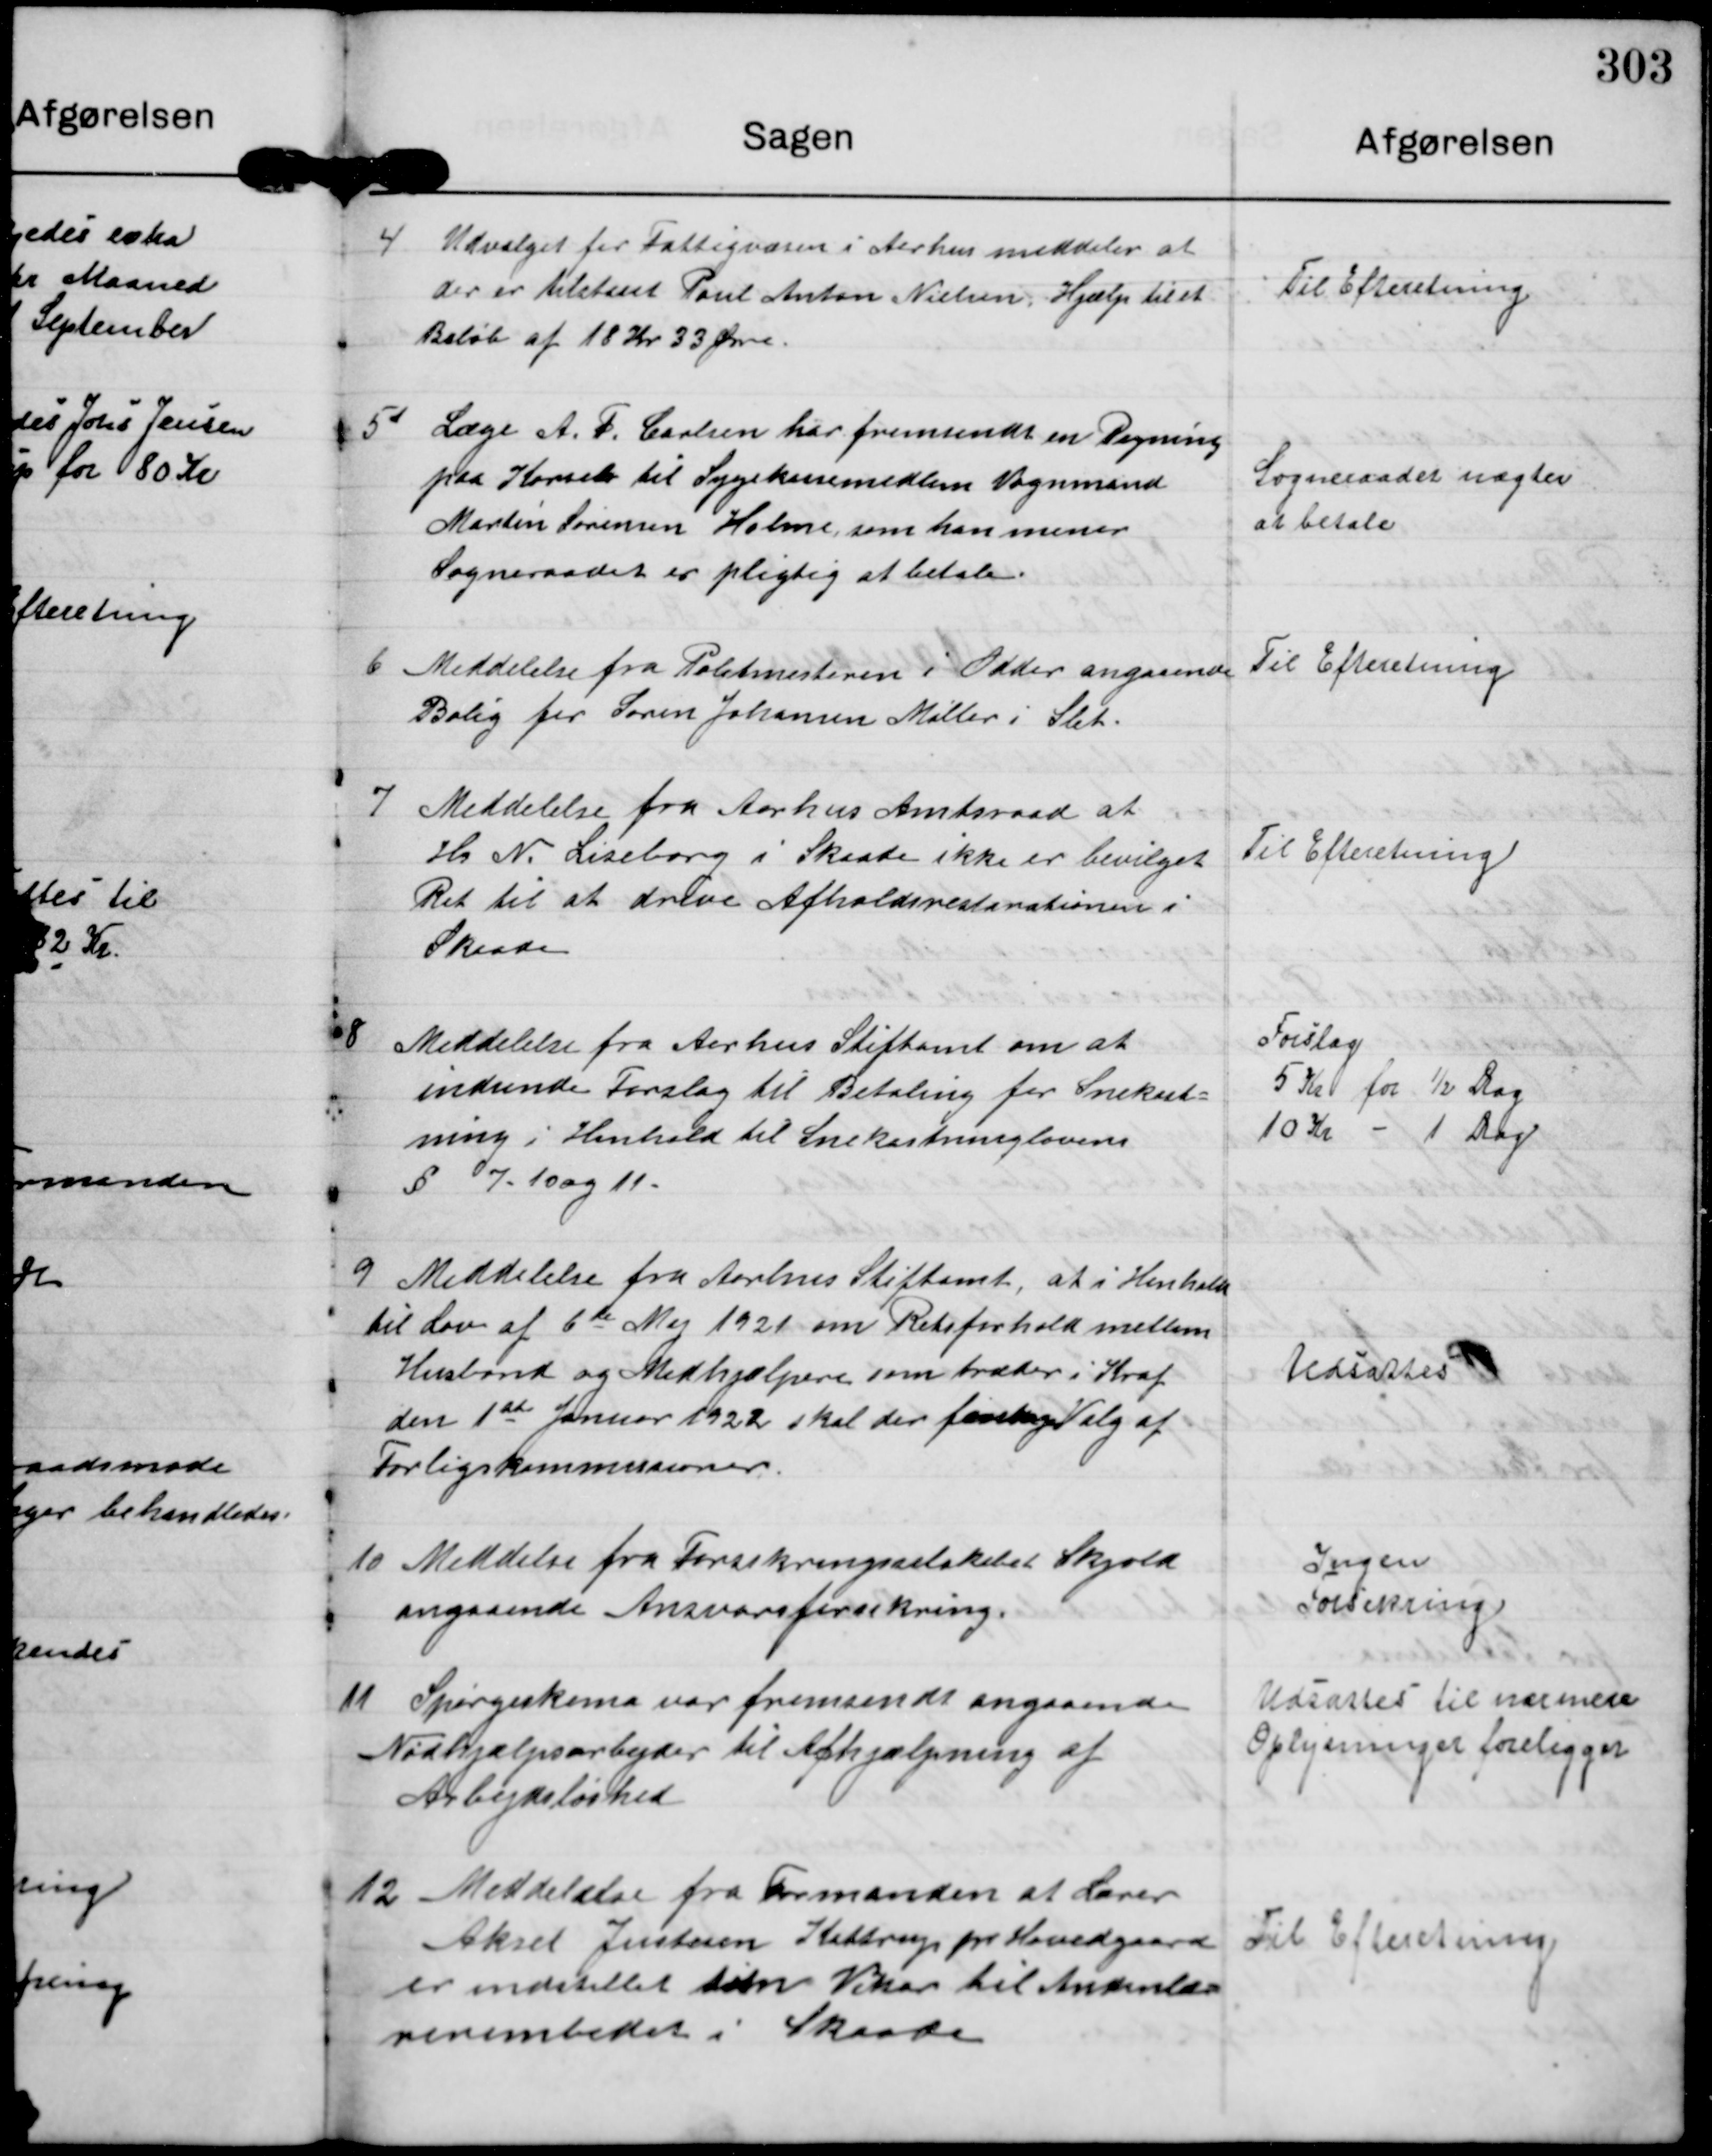
Transskription:
4

Udvalget for Fattigvæsen i Aarhus meddeler at
der er tilstaaet Poul Anton Nielsen Hjælp til et
Beløb af 18 Kr 33 Øre.

Til Efteretning.

5

Læge A. F. Carlsen har fremsendt en Regning
paa Korset til Sygekassemedlem Vognmand
Martin Sørensen Holme, som han mener
Sogneraadet er pligtig at betale.

Sogneraadet nægter
at betale

6

Meddelelse fra Politimesteren i Odder angaaende
Bolig for Søren Johansen Møller i Slet.

Til Efteretning

7

Meddelelse fra Aarhus Amtsraad at
Hr N. Liseborg i Skaade ikke er bevilget
Ret til at drive Afholdsrestaurationen i
Skaade.

Til Efteretning.

8

Meddelelse fra Aarhus Stiftamt om at
indsende Forslag til Betaling for Snekast-
ning i Henhold til Snekastninglovens
§ 7, 10 og 11.

Forslag.
5 Kr for 1/2 Dag.
10 Kr - 1 Dag

9

Meddelelse fra Aarhus Stiftamt, at i Henhold
til Lov af 6de Maj 1921 om Retsforhold mellem
Husbond og Medhjælpere som træder i Kraf
den 1st Januar 1922 skal der foretages Valg af
Forligskommissioner.

Udsattes.

10

Meddelse fra Forsikringsselskabet Skjold
angaaende Ansvarsforsikring.

Ingen
Forsikring

11

Spørgeskema var fremsendt angaaende
Nødhjælpsarbejder til Afhjælpning af
Arbejdsløshed

Udsattes til nærmere
Oplysninger foreligger.

12

Meddelelse fra Formanden at Lærer
Aksel Justesen Kattrup pr Hovedgaard
er indstillet som Vikar til Andenlæ-
rerembedet i Skaade

Til Efteretning